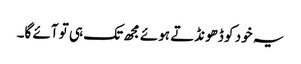
یہ خود کو ڈھونڈتے ہوئے مجھ تک ہی تو آئے گا۔